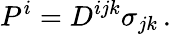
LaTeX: P^{i}=D^{ijk}\sigma_{jk}\, .